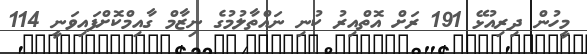
މީހުން ދިރިއުޅޭ 191 ރަށް އޮތްއިރު ކުނި ނައްތާލުމުގެ ނިޒާމް ގާއިމްކޮށްފައިވަނީ 114